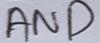
Text: AND